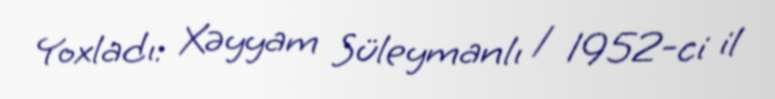
Yoxladı: Xəyyam Süleymanlı / 1952-ci il